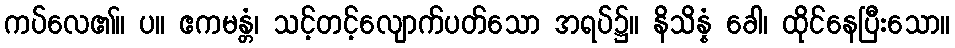
ကပ်လေ၏။ ပ။ ဧကမန္တံ၊ သင့်တင့်လျောက်ပတ်သော အရပ်၌။ နိသိန္နံ ခေါ၊ ထိုင်နေပြီးသော။